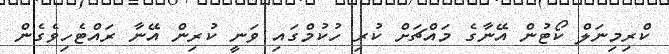
ކްރިމިނަލް ކޯޓުން އޭނާގެ މައްޗަށް ކުރި ހުކުމްގައި ވަނީ ކުރިން އޭނާ ރައްޓެހިވެގެން